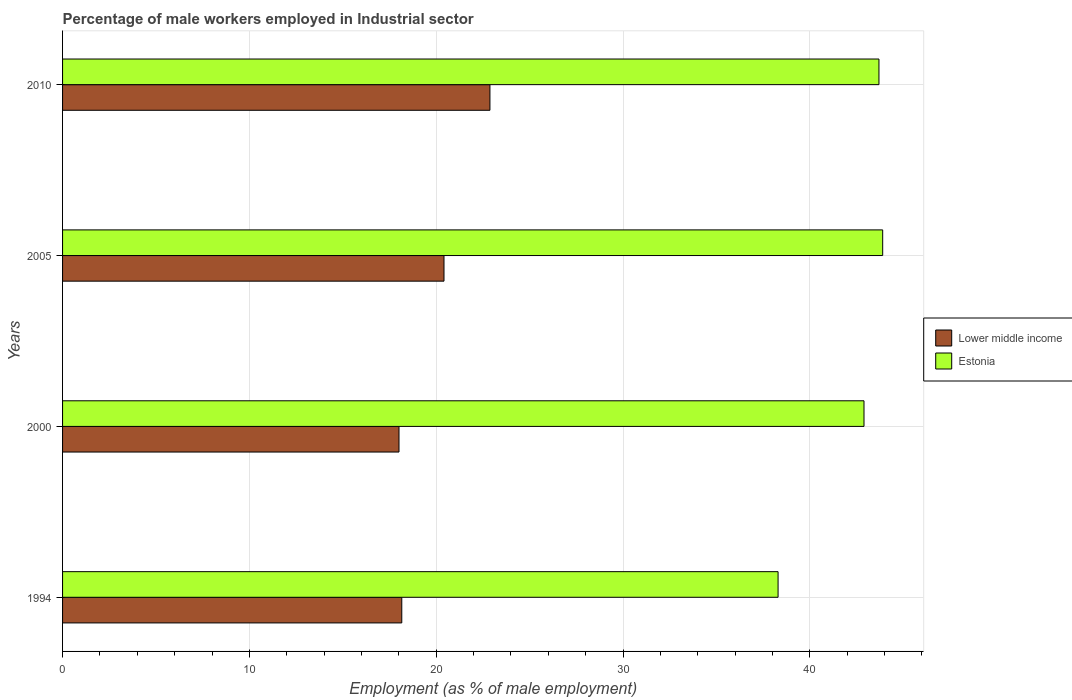
| Years | Lower middle income | Estonia |
 | --- | --- | --- |
 | 1994 | 18.2 | 38.3 |
 | 2000 | 18 | 42.9 |
 | 2005 | 20.4 | 43.9 |
 | 2010 | 22.9 | 43.7 |